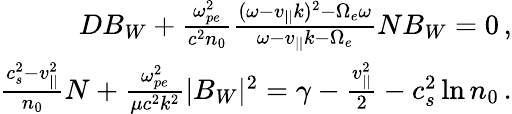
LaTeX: \begin{array}{r}{DB_{W}+\frac{\omega_{pe}^{2}}{c^{2}n_{0}}\frac{(\omega-v_{||}k)^{2}-\Omega_{e}\omega}{\omega-v_{||}k-\Omega_{e}}NB_{W}=0\, ,}\\ {\frac{c_{s}^{2}-v_{||}^{2}}{n_{0}}N+\frac{\omega_{pe}^{2}}{\mu c^{2}k^{2}}|B_{W}|^{2}=\gamma-\frac{v_{||}^{2}}{2}-c_{s}^{2}\ln n_{0}\, .}\end{array}